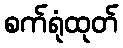
စက်ရုံထုတ်